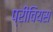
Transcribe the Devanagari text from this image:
प्रीवियस